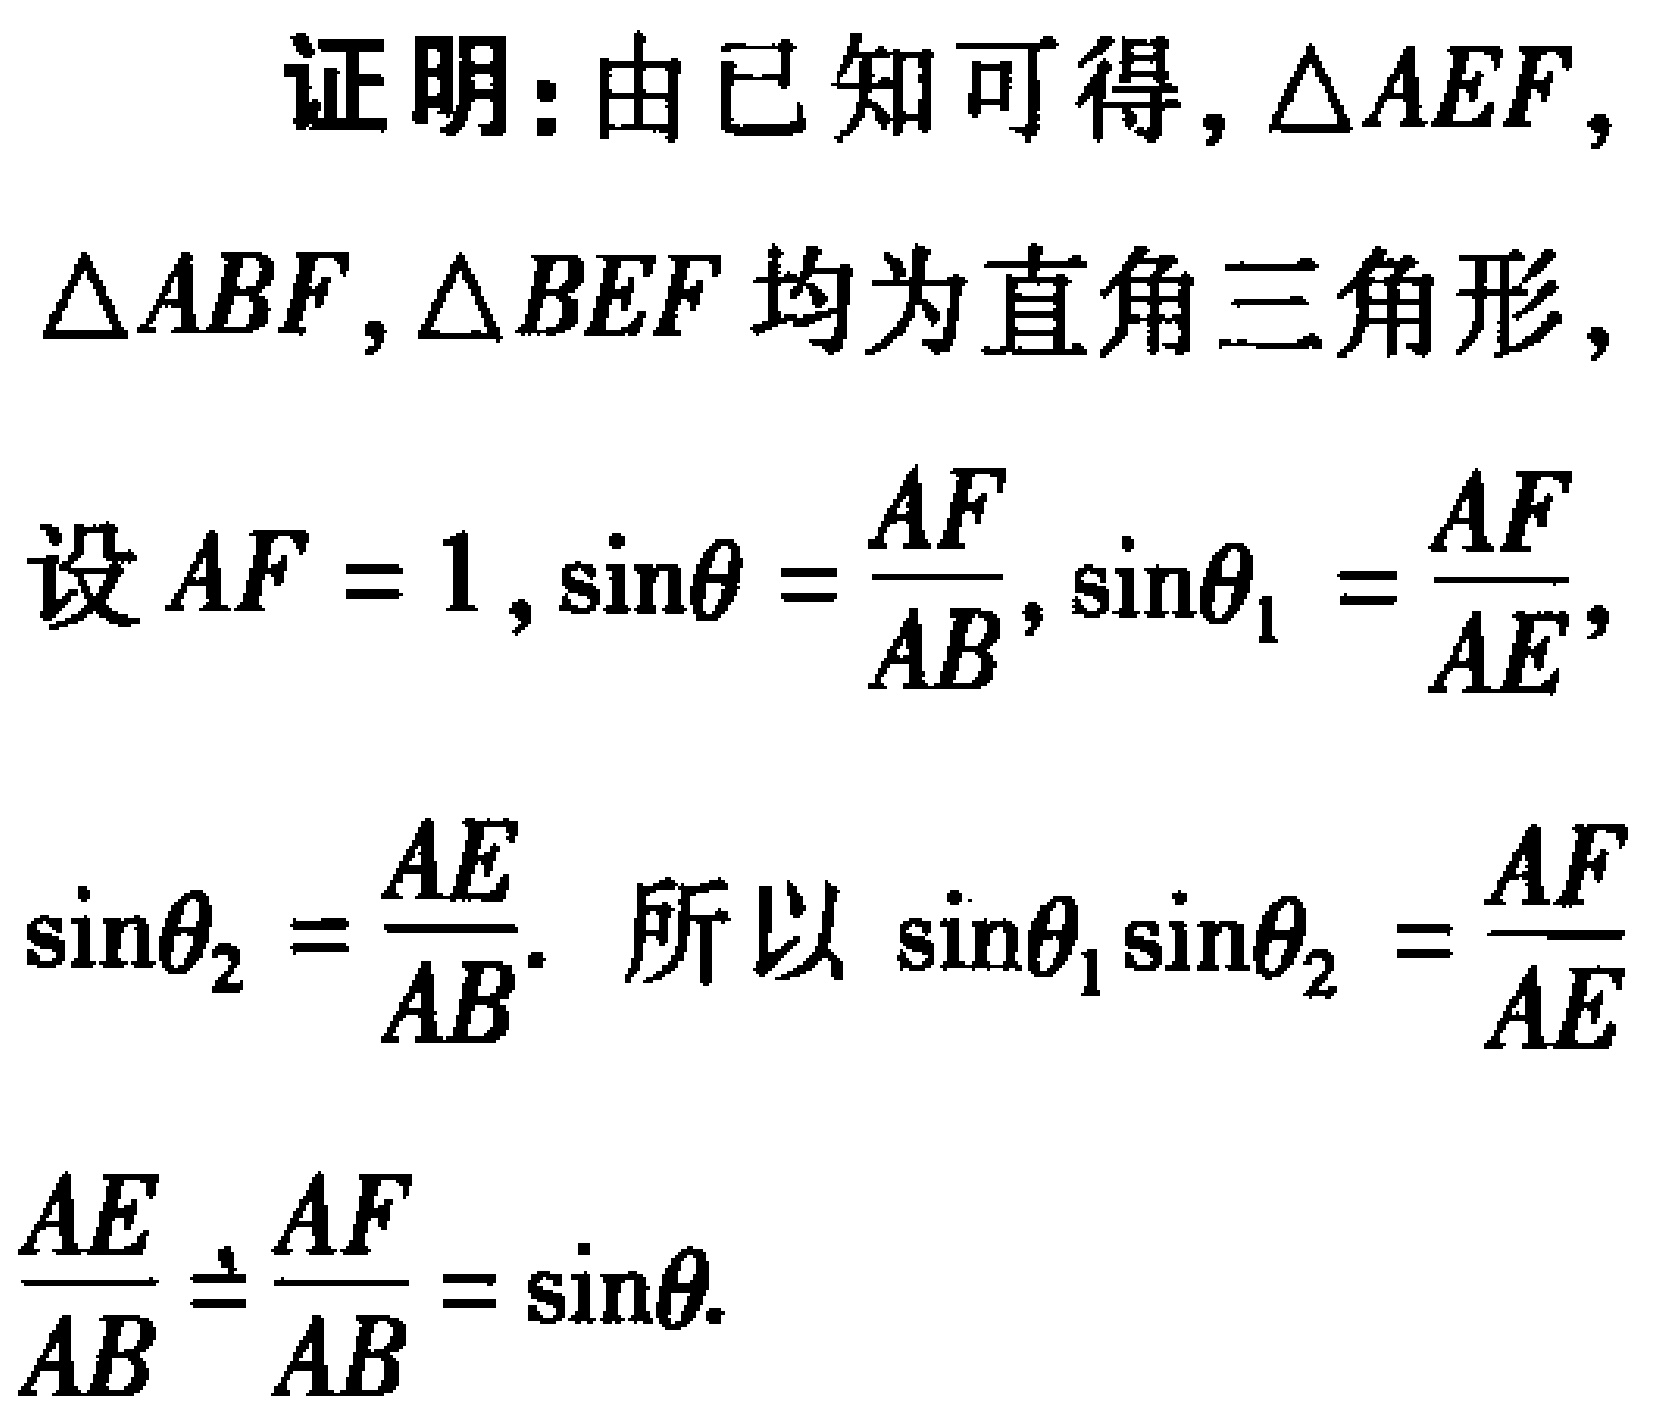
证明：由已知可得，\(\triangle AEF\)，
\(\triangle ABF,\triangle BEF\)均为直角三角形，
设\(AF = 1\)，\(\sin\theta=\frac{AF}{AB}\)，\(\sin\theta_{1}=\frac{AF}{AE}\)，
\(\sin\theta_{2}=\frac{AE}{AB}\). 所以 \(\sin\theta_{1}\sin\theta_{2}=\frac{AF}{AE}\)
\(\frac{AE}{AB}=\frac{AF}{AB}=\sin\theta\).